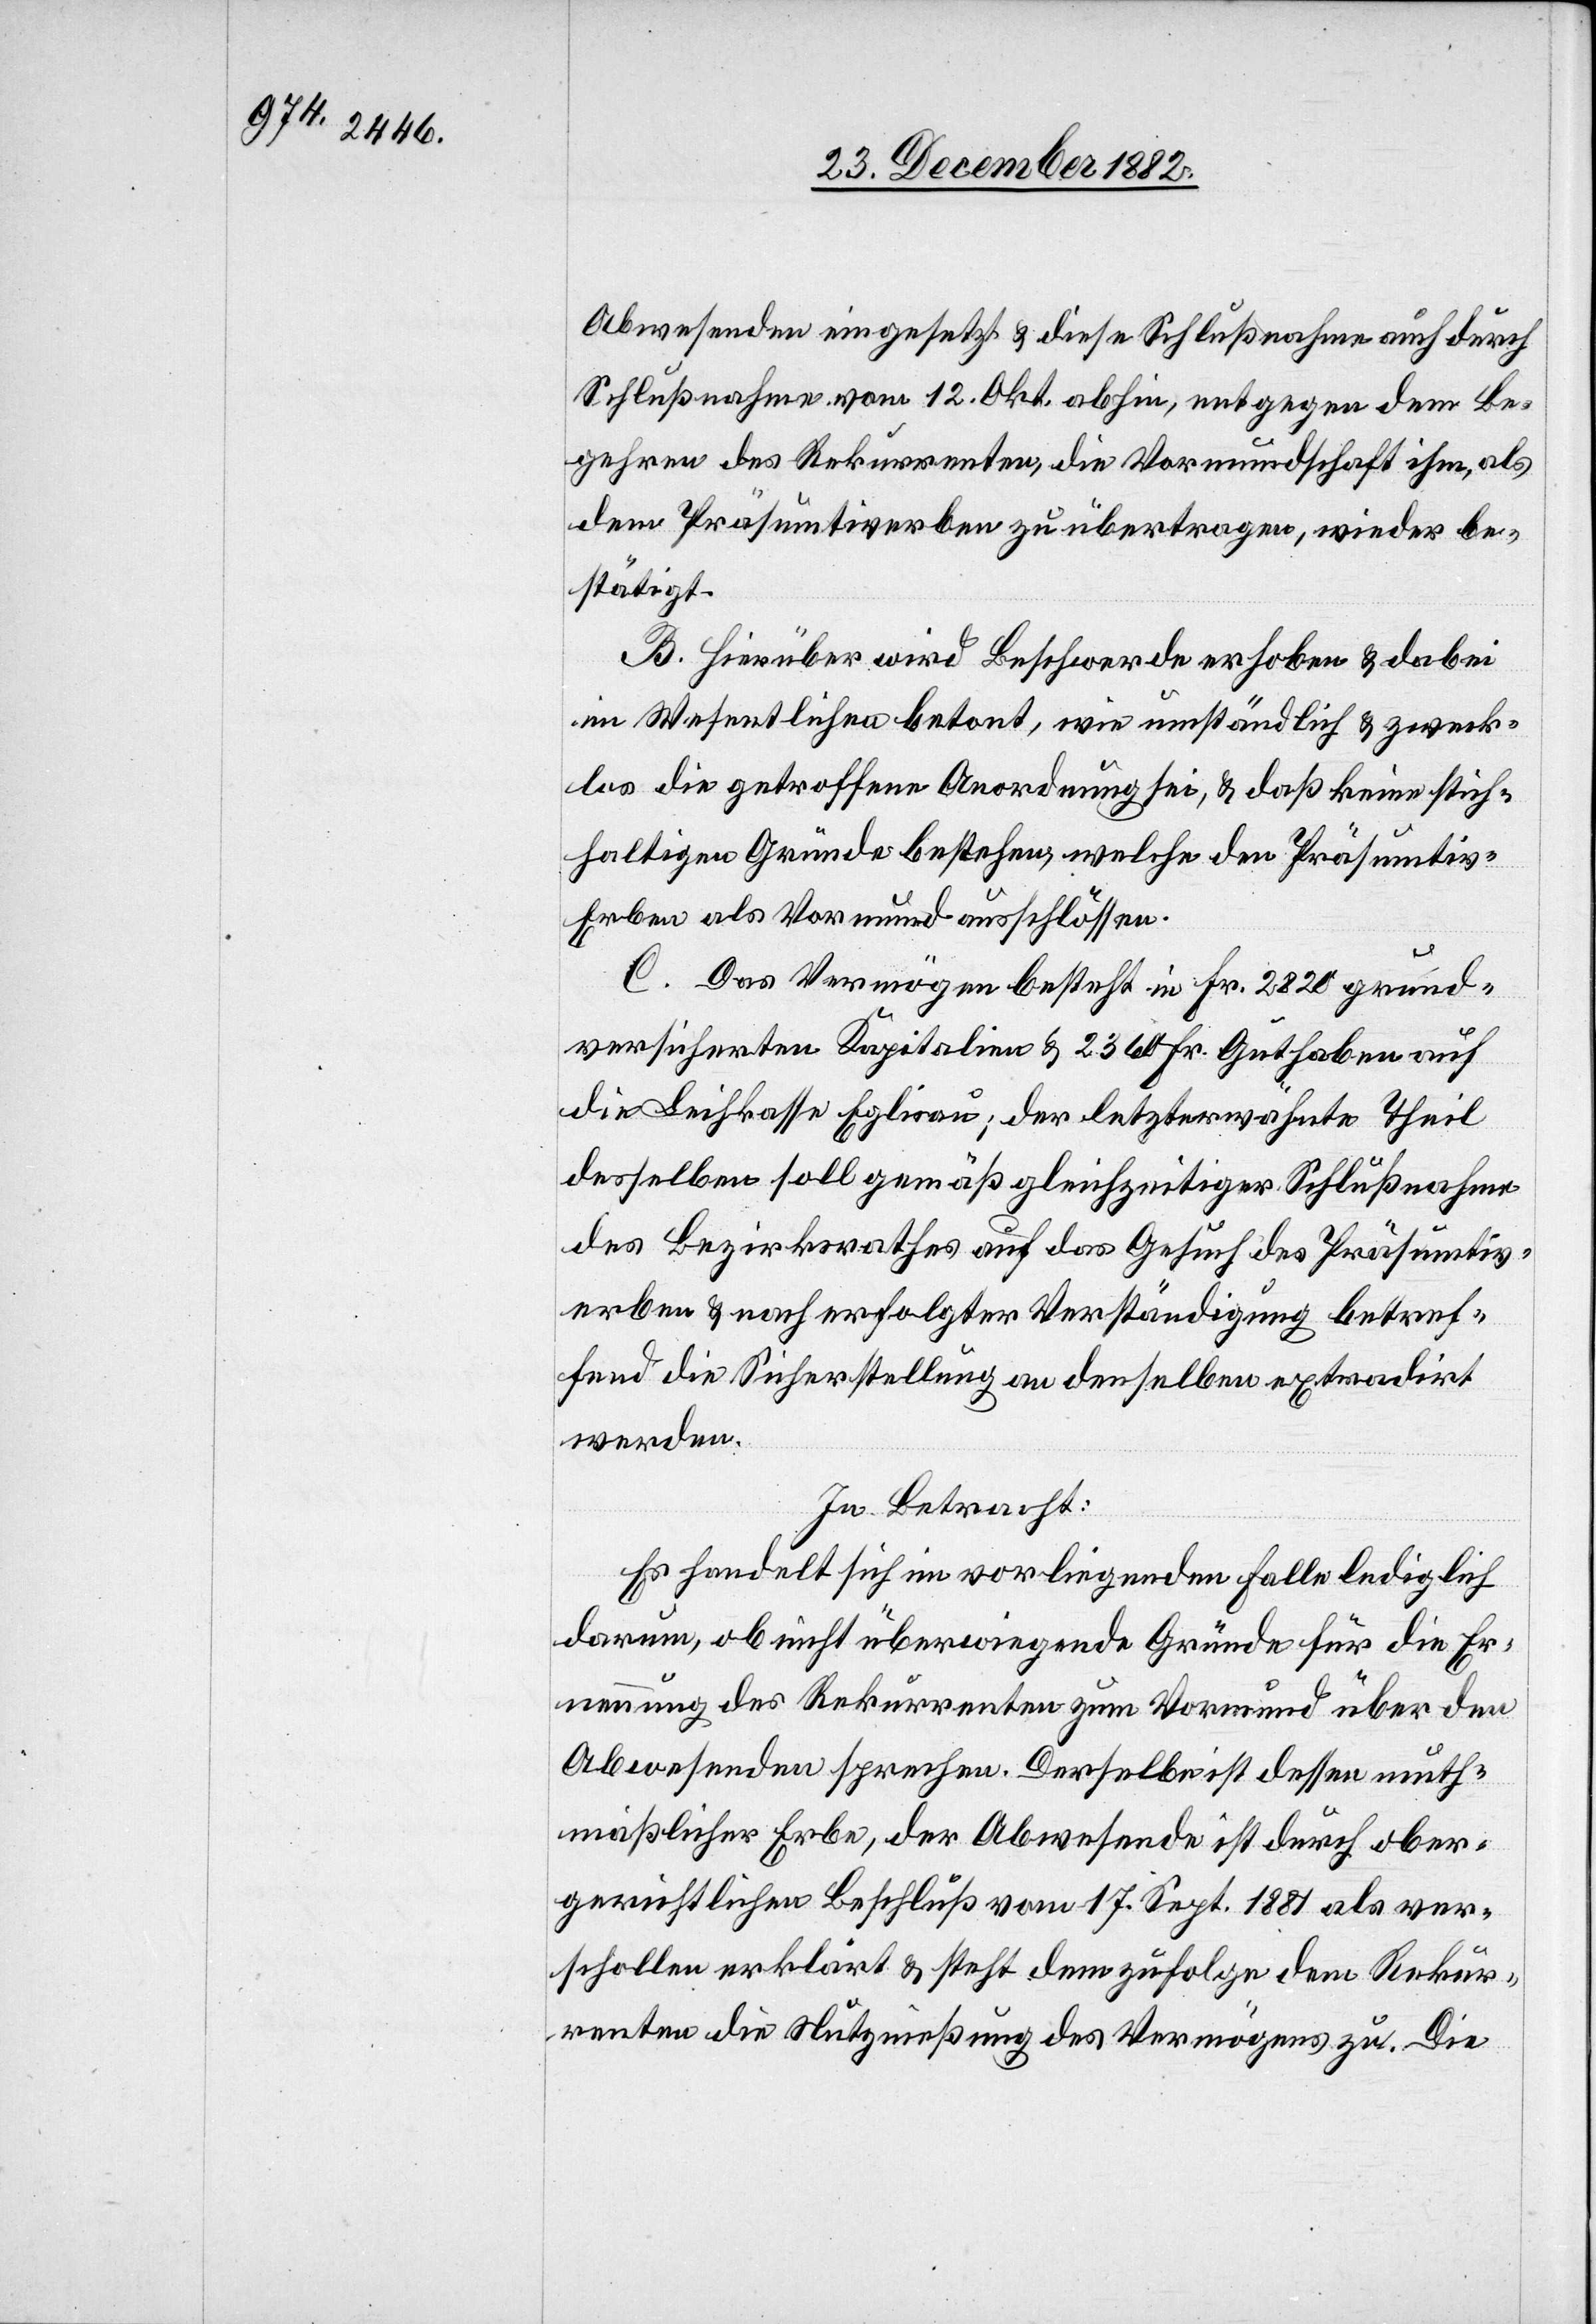
Abwesenden eingesetzt & diese Schlußnahme auch durch
Schlußnahme vom 12. Okt. abhin, entgegen dem Be¬
gehren des Rekurrenten, die Vormundschaft ihm, als
dem Präsumtiverben zu übertragen, wieder be¬
stätigt.
B. Hierüber wird Beschwerde erhoben & dabei
im Wesentlichen betont, wie umständlich & zweck¬
los die getroffene Anordnung sei, & daß keine sich¬
thaltigen Gründe bestehen, welche den Präsumtiv-E¬
rben als Vormund ausschlössen.
C. Das Vermögen besteht in Fr. 2820 grund¬
versicherten Kapitalien & 2360 Fr. Guthaben auf
die Leihkasse Eglisau; der letzterwähnte Theil
desselben soll gemäß gleichzeitiger Schlußnahme
des Bezirksrathes auf das Gesuch des Präsumtiv¬
erben & nach erfolgter Verständigung betref¬
fend die Sicherstellung an denselben extradirt
werden.
In Betracht:
Es handelt sich im vorliegenden Falle lediglich
darum, ob nicht überwiegende Gründe für die Er¬
nennung des Rekurrenten zum Vormund über den
Abwesenden sprechen. Derselbe ist dessen muth¬
maßlicher Erbe, der Abwesende ist durch ober¬
gerichtlichen Beschluß vom 17. Sept. 1881 als ver¬
schollen erklärt & steht demzufolge dem Rekur¬
renten die Nutznießung des Vermögens zu. Die